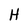
Character: H